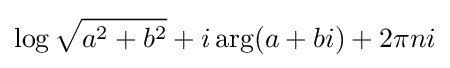
\log {\sqrt {a^{2}+b^{2}}}+i\arg(a+bi)+2\pi ni